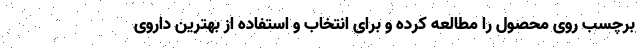
برچسب روی محصول را مطالعه کرده و برای انتخاب و استفاده از بهترین داروی